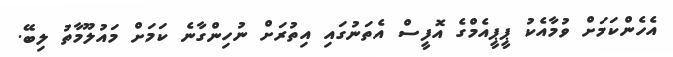
އެހެންކަމަށް ވުމާއެކު ޕީޕީއެމްގެ އޮފީސް އެތަނުގައި އިތުރަށް ނުހިންގާނެ ކަމަށް މައުލޫމާތު ލިބޭ.